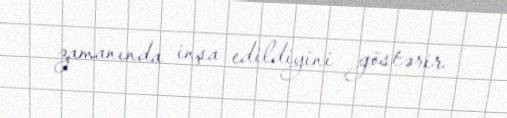
zamanında inşa edildiyini göstərir.